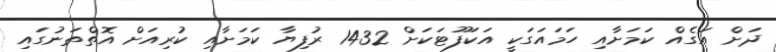
ދަށް އަގެއް ކަމަށާއި ހަމައަގަކީ އަކަފޫޓަކަށް 1432 ރުފިޔާ ކަމަށާއި ކުރިއަށް އޮތްތަނުގައި